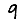
Digit: 9